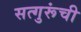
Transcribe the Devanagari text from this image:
सत्गुरूंची